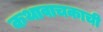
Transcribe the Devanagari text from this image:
कथावाचकाची